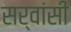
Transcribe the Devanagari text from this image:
सर्वांसी